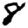
Digit: 8